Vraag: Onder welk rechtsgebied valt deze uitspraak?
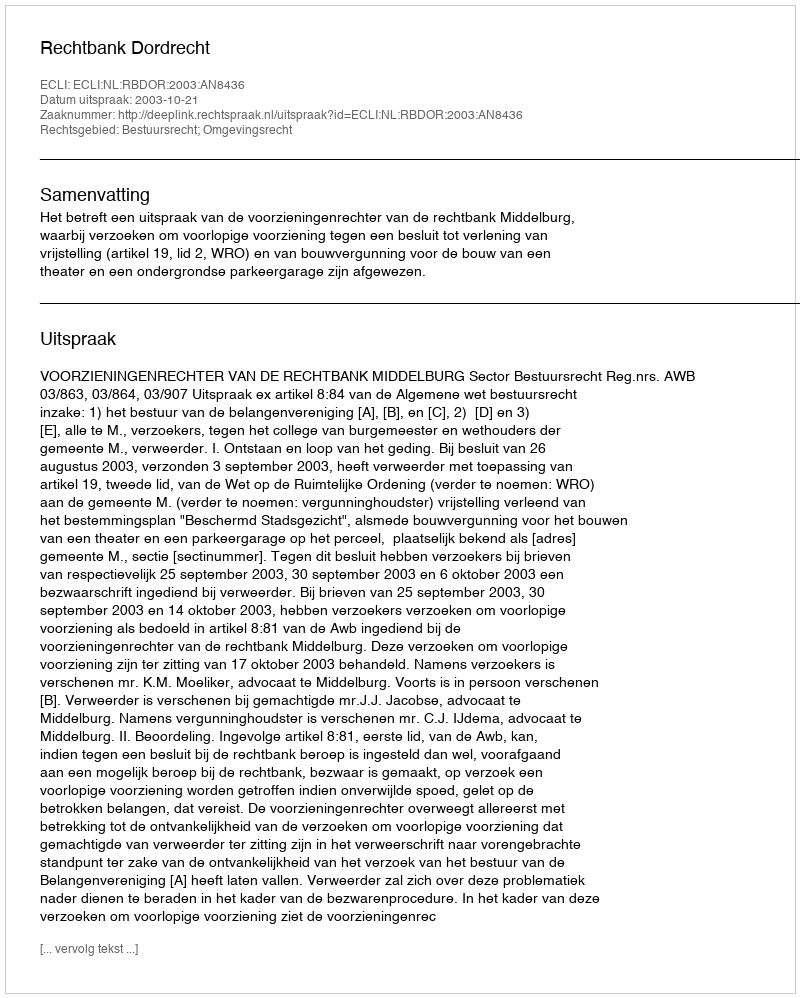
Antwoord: Bestuursrecht; Omgevingsrecht